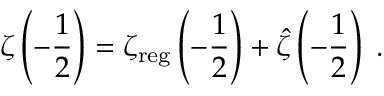
\zeta \left( - \frac { 1 } { 2 } \right) = \zeta _ { \mathrm { r e g } } \left( - \frac { 1 } { 2 } \right) + \hat { \zeta } \left( - \frac { 1 } { 2 } \right) \; .